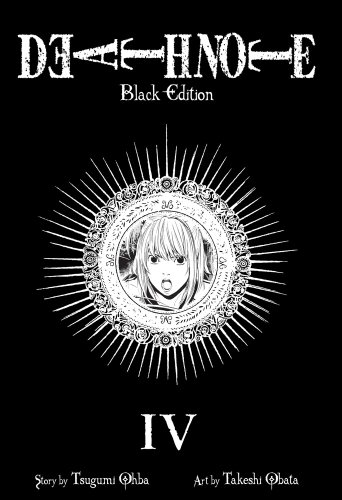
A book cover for Death Note Black Edition, Vol. 4; Tsugumi Ohba; Comics & Graphic Novels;